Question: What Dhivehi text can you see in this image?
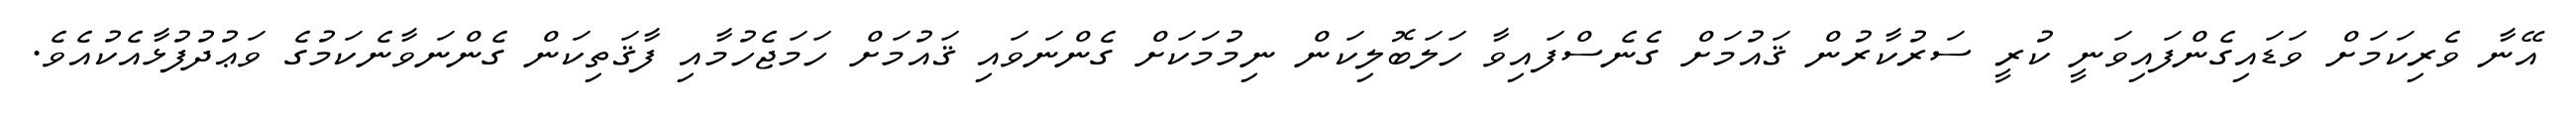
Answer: އޭނާ ވެރިކަމަށް ވަޑައިގެންފައިވަނީ ކުރީ ސަރުކާރުން ޤައުމަށް ގެނެސްފައިވާ ހަލަބޮލިކަން ނިމުމަކަށް ގެންނަވައި ޤައުމަށް ހަމަޖެހުމާއި ފާޤަތިކަން ގެންނަވާނެކަމުގެ ވަޢުދުފުޅާއެކުއެވެ.